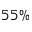
5 5 \%